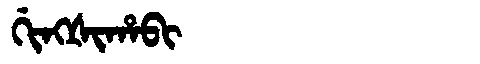
Manchu: ᡤᡳᠩᡧᡳᡥᠠᠪᡳ
Romanization: GINGŠIHABI